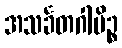
အသင်္ခတဂါမိဉ္စ